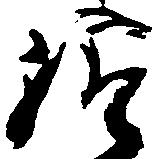
給